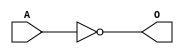
module MACINVB(A, O);
input   A;
output  O;
not g0(O, A);
endmodule